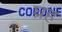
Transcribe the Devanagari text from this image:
घ्रह